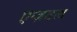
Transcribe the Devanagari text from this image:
एग्ज़ाइल्ड